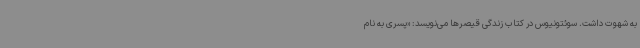
به شهوت داشت. سوئتونیوس در کتاب زندگی قیصرها می‌نویسد: «پسری به نام